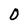
Character: 0